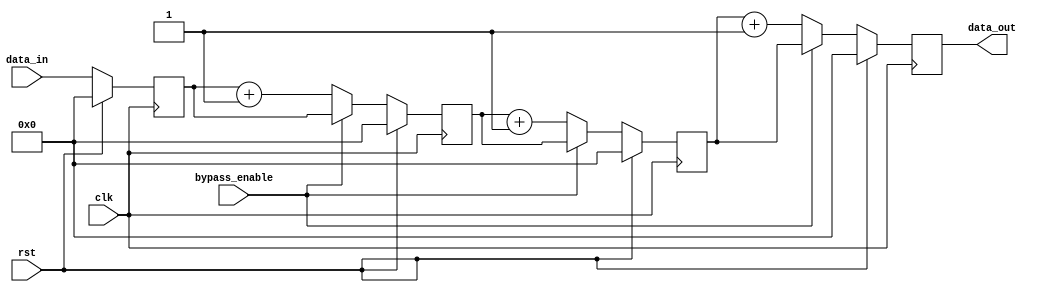
module Cascade_Bypass_Register (
    input wire clk,
    input wire rst,
    input wire bypass_enable,
    input wire [7:0] data_in,
    output wire [7:0] data_out
);

reg [7:0] reg1, reg2, reg3, reg4;

always @(posedge clk) begin
    if (rst) begin
        reg1 <= 8'd0;
        reg2 <= 8'd0;
        reg3 <= 8'd0;
        reg4 <= 8'd0;
    end else begin
        reg1 <= data_in;
        if (bypass_enable) begin
            reg2 <= reg1;
            reg3 <= reg2;
            reg4 <= reg3;
        end else begin
            reg2 <= reg1 + 1;
            reg3 <= reg2 + 1;
            reg4 <= reg3 + 1;
        end
    end
end

assign data_out = reg4;

endmodule